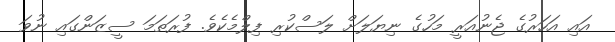
އައި އަހަރުގެ ޖެނުއަރީ މަހުގެ ނިޔަލަށް ލަސްކުރި ފިލްމެކެވެ. ފުރަތަމަ ސީޒަންގައި ނުވަ